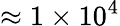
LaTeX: \approx 1\times 10^{4}